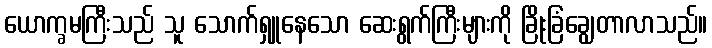
ယောက္ခမကြီးသည် သူ သောက်ရှူနေသော ဆေးရွက်ကြီးများကို ခြိုးခြံချွေတာလာသည်။